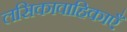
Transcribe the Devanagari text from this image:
लसिकावाहिकाएँ